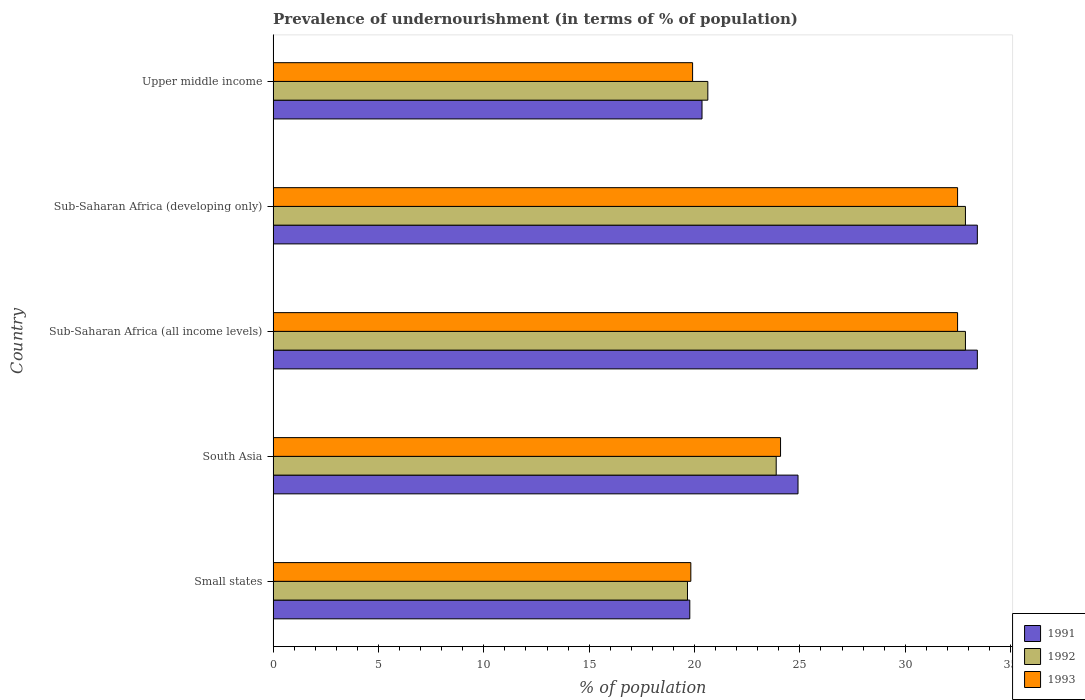
| Country | 1991 | 1992 | 1993 |
 | --- | --- | --- | --- |
 | Small states | 19.8 | 19.7 | 19.8 |
 | South Asia | 24.9 | 23.9 | 24.1 |
 | Sub-Saharan Africa (all income levels) | 33.4 | 32.9 | 32.5 |
 | Sub-Saharan Africa (developing only) | 33.4 | 32.9 | 32.5 |
 | Upper middle income | 20.4 | 20.6 | 19.9 |